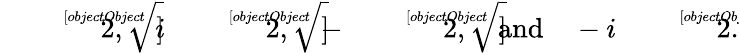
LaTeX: {\sqrt[[objectObject]]{2}},\quad i{\sqrt[[objectObject]]{2}},\quad-{\sqrt[[objectObject]]{2}},\quad{\mathrm{and}}\quad-i{\sqrt[[objectObject]]{2}}.